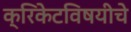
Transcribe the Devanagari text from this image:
क्रिकेटविषयीचे